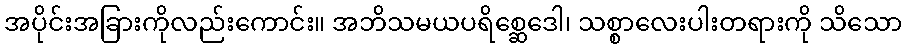
အပိုင်းအခြားကိုလည်းကောင်း။ အဘိသမယပရိစ္ဆေဒေါ၊ သစ္စာလေးပါးတရားကို သိသော